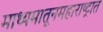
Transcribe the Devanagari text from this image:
माध्यमातूनमहाराष्ट्रात